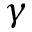
\gamma